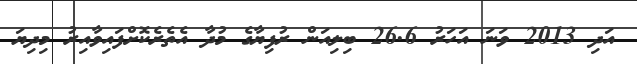
އަދި 2013 ވަނަ އަހަރު 26.6 ބިލިއަން ރުފިޔާގެ މުދާ އެތެރެކޮށްފައިވާއިރު މިދިޔަ